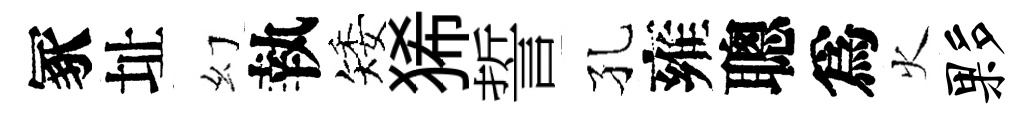
冢址幻執矮狶誓孔雍聰爲火夥